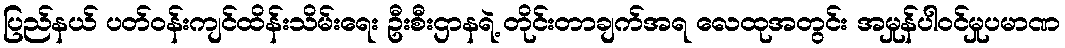
ပြည်နယ် ပတ်ဝန်းကျင်ထိန်းသိမ်းရေး ဦးစီးဌာနရဲ့ တိုင်းတာချက်အရ လေထုအတွင်း အမှုန်ပါဝင်မှုပမာဏ